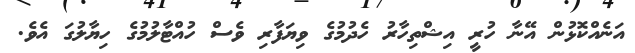
އަނެއްކޮޅުން އޭނާ ހުރީ އިޝްތިހާރު ހެދުމުގެ ވިޔަފާރި ވެސް ހުއްޓާލުމުގެ ހިޔާލުގަ އެވެ.